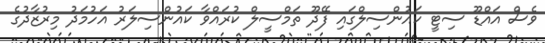
ވެސް އައްޑޫ ސިޓީ ކައުންސިލްގައި ފޭދޫ ތަމްސީލް ކުރައްވާ ކައުންސިލަރު އަހުމަދު މިރުޒާދުގެ